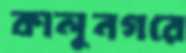
কালুনগরে